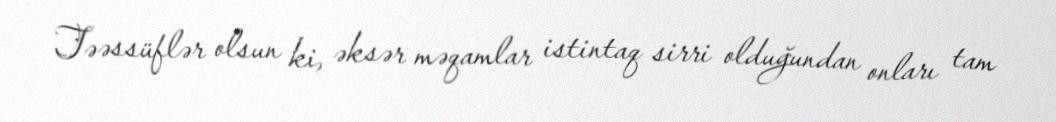
Təəssüflər olsun ki, əksər məqamlar istintaq sirri olduğundan onları tam